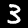
Digit: 3